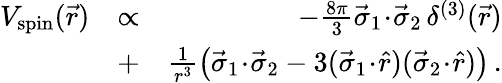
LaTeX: \begin{array}{rlr}{V_{\mathrm{spin}}(\vec{r})}&{\propto}&{-\frac{8\pi}{3}\vec{\sigma}_{1}\! \cdot\! \vec{\sigma}_{2}\, \delta^{(3)}(\vec{r})}\\ &{+}&{{\frac{1}{r^{3}}}\big(\vec{\sigma}_{1}\! \cdot\! \vec{\sigma}_{2}-3(\vec{\sigma}_{1}\! \cdot\! \hat{r})(\vec{\sigma}_{2}\! \cdot\! \hat{r})\big)\, .}\end{array}